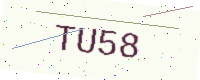
Text: TU58